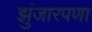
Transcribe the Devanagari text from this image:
झुंजारपणा